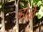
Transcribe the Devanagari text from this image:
व्होळे